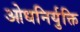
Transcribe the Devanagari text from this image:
ओधनिर्युक्ति